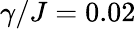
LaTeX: \gamma/J=0.02